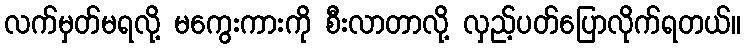
လက်မှတ်မရလို့ မကွေးကားကို စီးလာတာလို့ လှည့်ပတ်ပြောလိုက်ရတယ်။